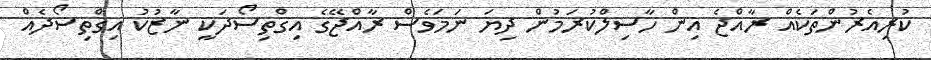
ކުރިއެރުންތަކެއް ރާއްޖެ އިން ހާސިލްކުރަމުން ދިޔަ ނަމަވެސް ރާއްޖޭގެ އިގްތިސޯދަކީ ނާޒުކު އިގްތިސޯދެއް